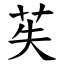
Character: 苵